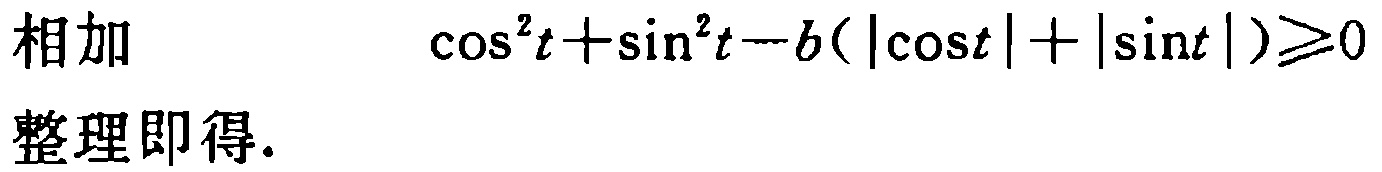
相加 \(\cos^{2}t+\sin^{2}t - b(|\cos t|+|\sin t|)\geqslant0\)
整理即得.